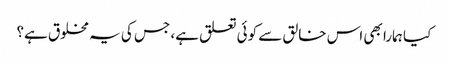
کیا ہمارا بھی اس خالق سے کوئی تعلق ہے، جس کی یہ مخلوق ہے؟